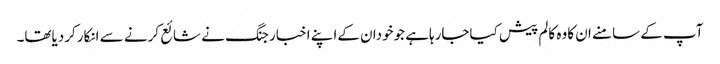
آپ کے سامنے ان کاوہ کالم پیش کیاجارہاہے جوخودان کےاپنے اخبار جنگ نے شائع کرنے سے انکارکردیاتھا۔